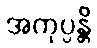
အကုပ္ပန္တိ